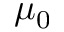
\mu _ { 0 }